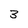
Character: 3